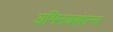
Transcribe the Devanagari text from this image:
अभिनयसंपन्‍न